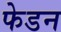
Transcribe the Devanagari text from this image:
फेडन